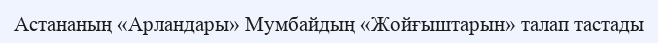
Астананың «Арландары» Мумбайдың «Жойғыштарын» талап тастады